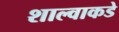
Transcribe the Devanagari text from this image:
शाल्वाकडे